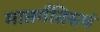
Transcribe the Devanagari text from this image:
मातर्गतिस्त्वं